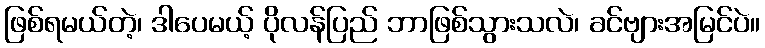
ဖြစ်ရမယ်တဲ့၊ ဒါပေမယ့် ပိုလန်ပြည် ဘာဖြစ်သွားသလဲ၊ ခင်ဗျားအမြင်ပဲ။